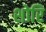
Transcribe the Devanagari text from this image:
शोरि